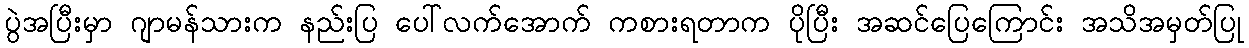
ပွဲအပြီးမှာ ဂျာမန်သားက နည်းပြ ပေါ်လက်အောက် ကစားရတာက ပိုပြီး အဆင်ပြေကြောင်း အသိအမှတ်ပြု